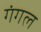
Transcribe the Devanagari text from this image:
गंगल